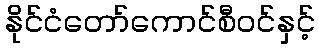
နိုင်ငံတော်ကောင်စီဝင်နှင့်